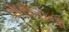
સસરાના